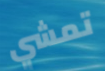
تمشي